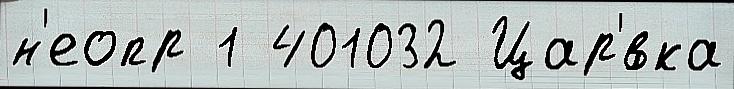
н'еопр 1 401032 Цар'́вка